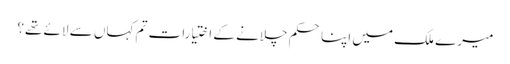
میرے ملک میں اپنا حکم چلانے کے اختیارات تم کہاں سے لائے تھے؟